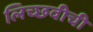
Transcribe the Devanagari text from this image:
लिच्छवीची